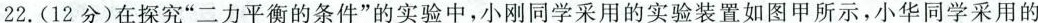
22.(12分)在探究”二力平衡的条件”的实验中，小刚同学采用的实验装置如图甲所示，小华同学采用的